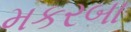
મકરબા